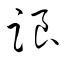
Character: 踉